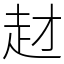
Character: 䞗